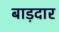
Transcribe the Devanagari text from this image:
बाड़दार